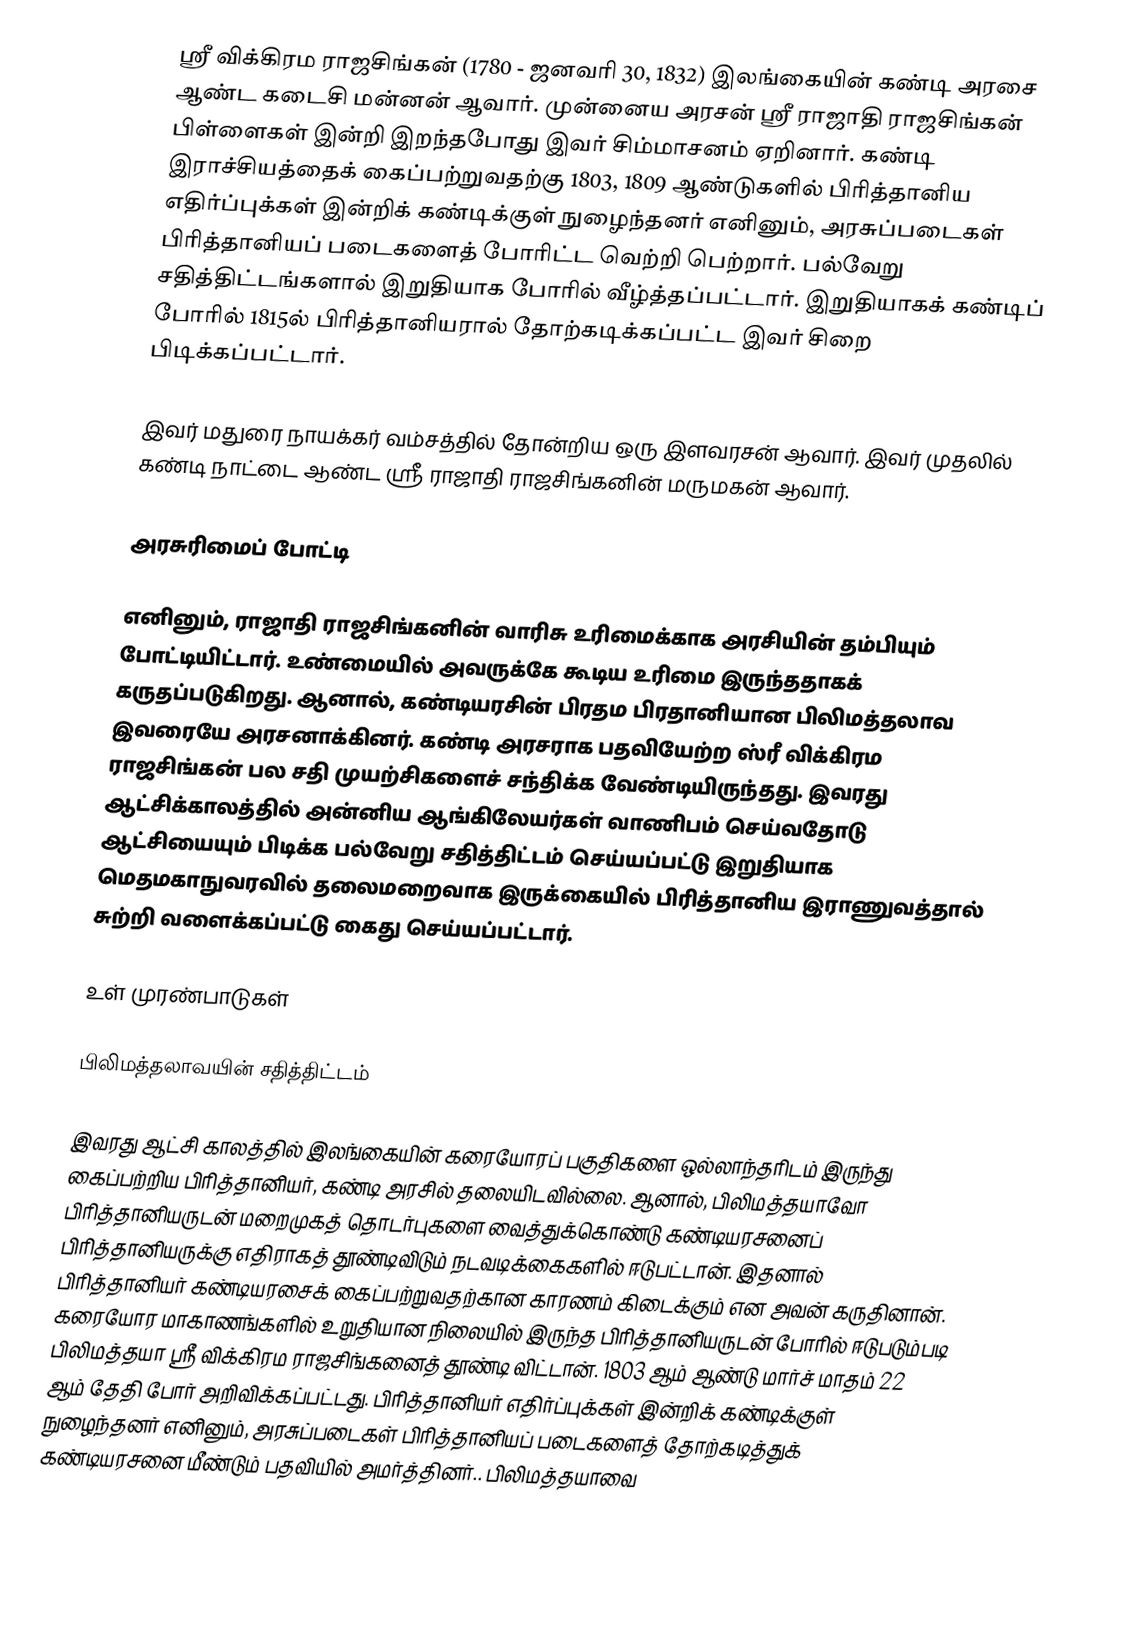
ஸ்ரீ விக்கிரம ராஜசிங்கன் (1780 - ஜனவரி 30, 1832) இலங்கையின் கண்டி அரசை ஆண்ட கடைசி மன்னன் ஆவார். முன்னைய அரசன் ஸ்ரீ ராஜாதி ராஜசிங்கன் பிள்ளைகள் இன்றி இறந்தபோது இவர் சிம்மாசனம் ஏறினார். கண்டி இராச்சியத்தைக் கைப்பற்றுவதற்கு 1803, 1809 ஆண்டுகளில் பிரித்தானிய எதிர்ப்புக்கள் இன்றிக் கண்டிக்குள் நுழைந்தனர் எனினும், அரசுப்படைகள் பிரித்தானியப் படைகளைத் போரிட்ட வெற்றி பெற்றார். பல்வேறு சதித்திட்டங்களால் இறுதியாக போரில் வீழ்த்தப்பட்டார். இறுதியாகக் கண்டிப் போரில் 1815ல் பிரித்தானியரால் தோற்கடிக்கப்பட்ட இவர் சிறை பிடிக்கப்பட்டார்.

இவர் மதுரை நாயக்கர் வம்சத்தில் தோன்றிய ஒரு இளவரசன் ஆவார். இவர் முதலில் கண்டி நாட்டை ஆண்ட ஸ்ரீ ராஜாதி ராஜசிங்கனின் மருமகன் ஆவார்.

அரசுரிமைப் போட்டி

எனினும், ராஜாதி ராஜசிங்கனின் வாரிசு உரிமைக்காக  அரசியின் தம்பியும் போட்டியிட்டார். உண்மையில் அவருக்கே கூடிய உரிமை இருந்ததாகக் கருதப்படுகிறது. ஆனால்,  கண்டியரசின் பிரதம பிரதானியான பிலிமத்தலாவ இவரையே அரசனாக்கினர். கண்டி அரசராக பதவியேற்ற ஸ்ரீ விக்கிரம ராஜசிங்கன் பல சதி முயற்சிகளைச் சந்திக்க வேண்டியிருந்தது. இவரது ஆட்சிக்காலத்தில் அன்னிய ஆங்கிலேயர்கள் வாணிபம் செய்வதோடு ஆட்சியையும் பிடிக்க பல்வேறு சதித்திட்டம் செய்யப்பட்டு இறுதியாக மெதமகாநுவரவில் தலைமறைவாக இருக்கையில் பிரித்தானிய இராணுவத்தால் சுற்றி வளைக்கப்பட்டு கைது செய்யப்பட்டார்.

உள் முரண்பாடுகள்

பிலிமத்தலாவயின் சதித்திட்டம்

இவரது ஆட்சி காலத்தில் இலங்கையின் கரையோரப் பகுதிகளை ஒல்லாந்தரிடம் இருந்து கைப்பற்றிய பிரித்தானியர், கண்டி அரசில் தலையிடவில்லை. ஆனால், பிலிமத்தயாவோ பிரித்தானியருடன் மறைமுகத் தொடர்புகளை வைத்துக்கொண்டு கண்டியரசனைப் பிரித்தானியருக்கு எதிராகத் தூண்டிவிடும் நடவடிக்கைகளில் ஈடுபட்டான். இதனால் பிரித்தானியர் கண்டியரசைக் கைப்பற்றுவதற்கான காரணம் கிடைக்கும் என அவன் கருதினான். கரையோர மாகாணங்களில் உறுதியான நிலையில் இருந்த பிரித்தானியருடன் போரில் ஈடுபடும்படி பிலிமத்தயா ஸ்ரீ விக்கிரம ராஜசிங்கனைத் தூண்டி விட்டான். 1803 ஆம் ஆண்டு மார்ச் மாதம் 22 ஆம் தேதி போர் அறிவிக்கப்பட்டது. பிரித்தானியர் எதிர்ப்புக்கள் இன்றிக் கண்டிக்குள் நுழைந்தனர் எனினும், அரசுப்படைகள் பிரித்தானியப் படைகளைத் தோற்கடித்துக் கண்டியரசனை மீண்டும் பதவியில் அமர்த்தினர்.. பிலிமத்தயாவை